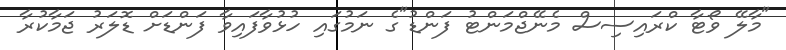
"މާލޭ ވޯޓާ ކްރައިސިސް މެނޭޖްމަންޓު ފަންޑު"ގެ ނަމުގައި ހުޅުވާފައިވާ ފަންޑަށް ޑޮލަރު ޖަމާކުރާ